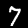
Label: 7